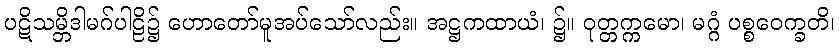
ပဋိသမ္ဘိဒါမဂ်ပါဠိ၌ ဟောတော်မူအပ်သော်လည်း။ အဋ္ဌကထာယံ၊ ၌။ ဝုတ္တက္ကမော၊ မဂ္ဂံ ပစ္စဝေက္ခတိ၊